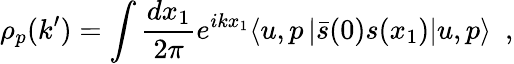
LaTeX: \rho_{p}(k^{\prime})=\int{\frac{dx_{1}}{2\pi}}e^{ikx_{1}}\langle u,p\left|\bar{s}(0)s(x_{1})\right|u,p\rangle\ \ ,